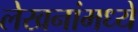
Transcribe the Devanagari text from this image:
लेखनांमध्ये